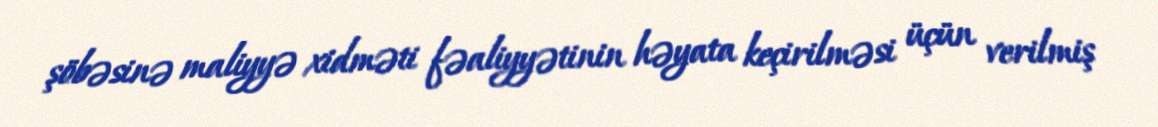
şöbəsinə maliyyə xidməti fəaliyyətinin həyata keçirilməsi üçün verilmiş